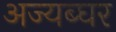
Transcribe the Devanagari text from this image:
अज्यब्घर